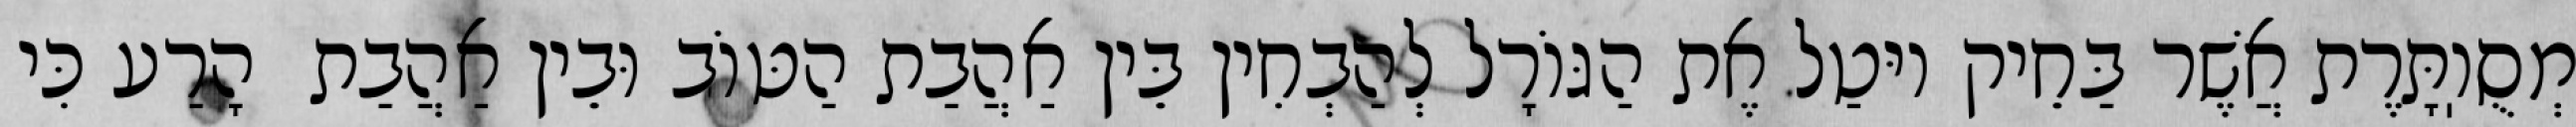
מְסֻוֽתָּרֶת אֲשֶׁר בַּחֵיק יוּטַל אֶת הַגּוֹרָל לְהַבְחִין בֵּין אַהֲבַת הַטּוֹב וּבֵין אַהֲבַת  הָרַע כִּי